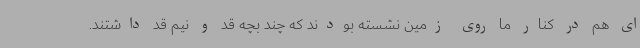
ای هم در کنار ما روی زمین نشسته بودند که چند بچه قد و نیم قد داشتند.